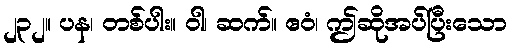
၂၃၂။ ပန၊ တစ်ပါး။ ဝါ၊ ဆက်။ ဧဝံ၊ ဤဆိုအပ်ပြီးသော